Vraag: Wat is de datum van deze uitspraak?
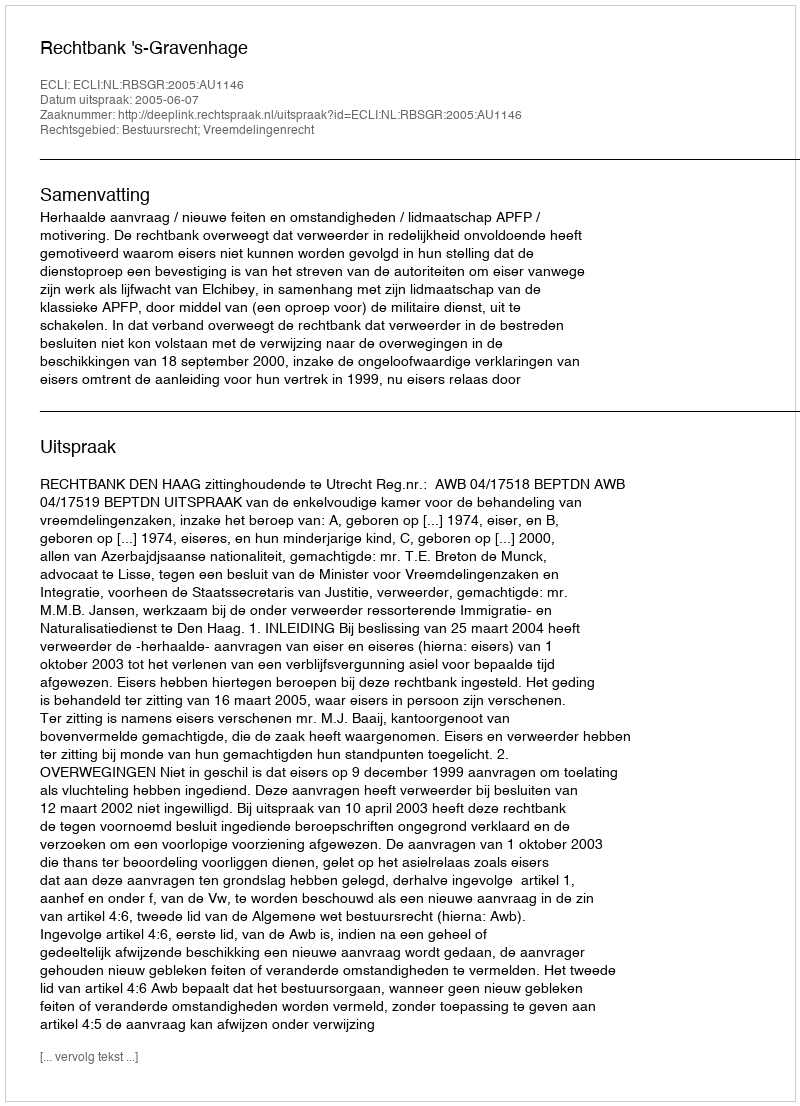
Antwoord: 2005-06-07